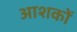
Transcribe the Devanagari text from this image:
आशकों